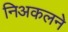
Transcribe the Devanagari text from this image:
निअकलने